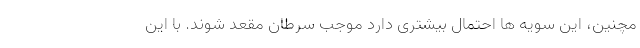
مچنین، این سویه ها احتمال بیشتری دارد موجب سرطان مقعد شوند. با این